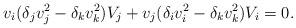
LaTeX: \begin{align*}\displaystyle v_i(\delta_j v_j^2-\delta_k v_k^2)V_j+v_j(\delta_i v_i^2-\delta_k v_k^2)V_i=0.\end{align*}